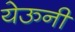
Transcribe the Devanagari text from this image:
येऊनी